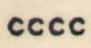
cccc